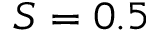
S = 0 . 5